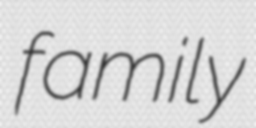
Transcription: family